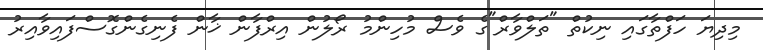
މިދިޔަ ހަފްތާގައި ނިކުތް "ތަލްވާރް"ގެ ވެސް މުހިންމު ރޯލުން އިރްފާން ޚާން ފެނިގެންގޮސްފައިވާއިރު